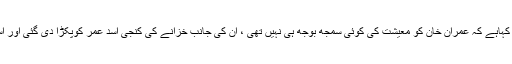
دوسری جانب مسلم لیگ ن کے رہنما اور سابق وزیر خزانہ اسد عمر کے بھائی محمد زبیر نے کہاہے کہ عمران خان کو معیشت کی کوئی سمجھ بوجھ ہی نہیں تھی ، ان کی جانب خزانے کی کنجی اسد عمر کوپکڑا دی گئی اور اسد عمر اپنی پالیسیاں لے کر چل رہے تھے لیکن ایک ٹکراﺅ کے بعد دوسرا ٹکراﺅ پیدا ہورہاتھا ۔